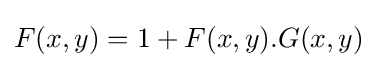
F(x,y)=1+F(x,y).G(x,y)